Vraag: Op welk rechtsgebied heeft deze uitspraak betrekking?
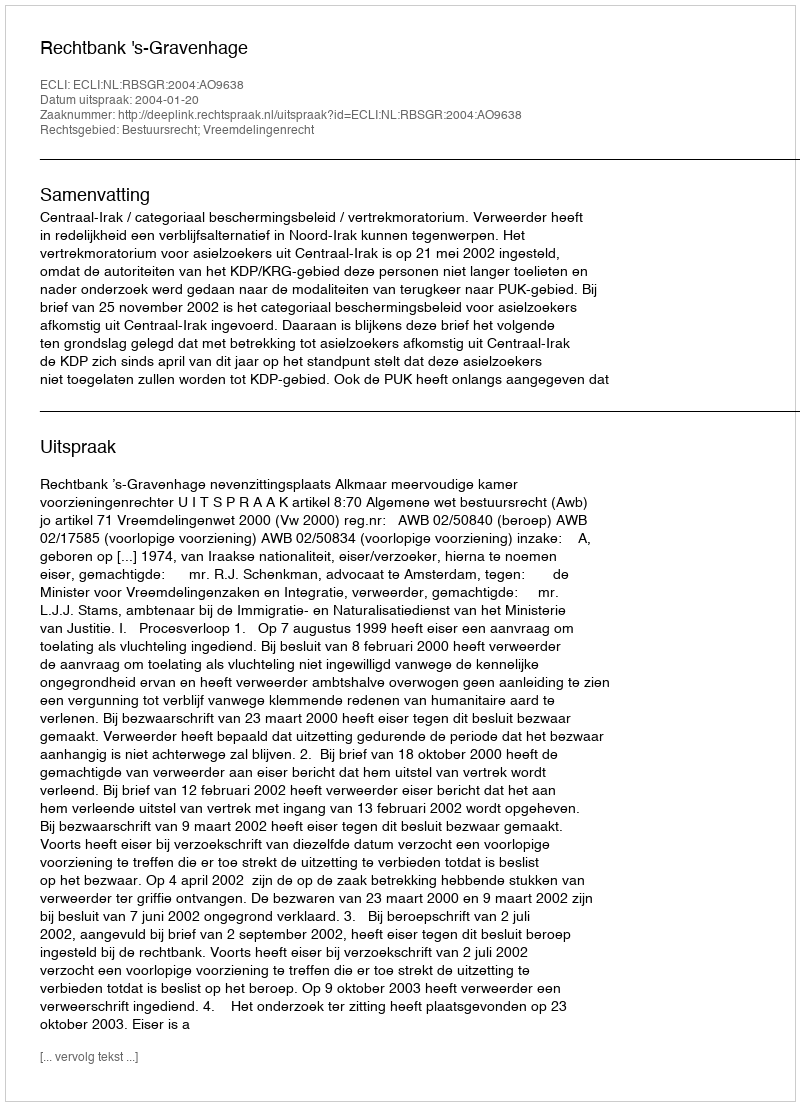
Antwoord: Bestuursrecht; Vreemdelingenrecht